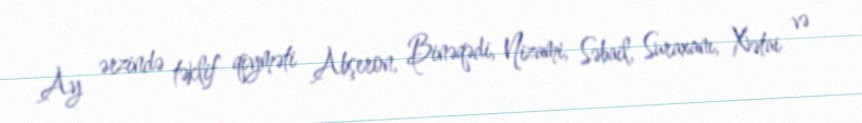
Ay ərzində təklif qiyməti Abşeron, Binəqədi, Nizami, Səbail, Suraxanı, Xətai və